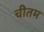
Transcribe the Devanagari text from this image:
चीतम